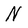
Character: N